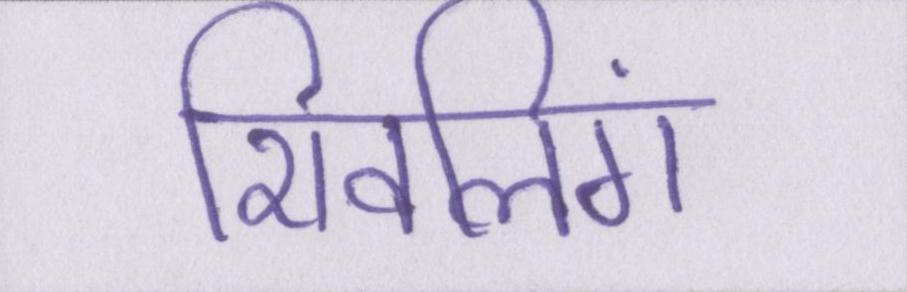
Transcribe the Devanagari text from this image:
शिवलिंग